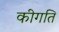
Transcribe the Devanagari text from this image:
कीगति